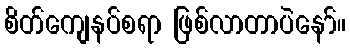
စိတ်ကျေနပ်စရာ ဖြစ်လာတာပဲနော်။